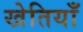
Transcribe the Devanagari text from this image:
खेतियाँ